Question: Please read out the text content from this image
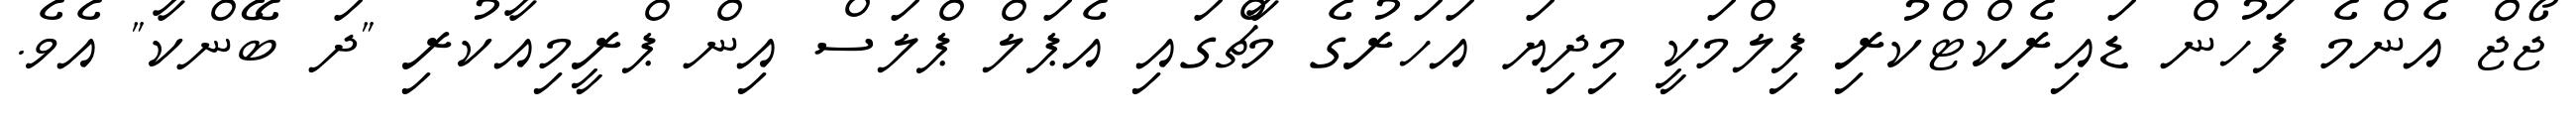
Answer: ޖޯޖް އެންމެ ފަހުން ޑައިރެކްޓްކުރި ފިލްމަކީ މިދިޔަ އަހަރުގެ މާޗްގައި އެޕަލް ޕްލަސް އިން ޕްރީމިއާކުރި "ދަ ބޭންކާ" އެވެ.